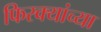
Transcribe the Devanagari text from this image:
फिरक्यांच्या